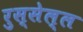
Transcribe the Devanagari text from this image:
रुस्सेल्ल